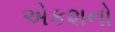
એકશનો